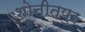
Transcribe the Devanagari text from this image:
शोनीतपुर